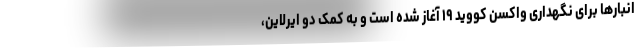
انبارها برای نگهداری واکسن کووید ۱۹ آغاز شده است و به کمک دو ایرلاین،